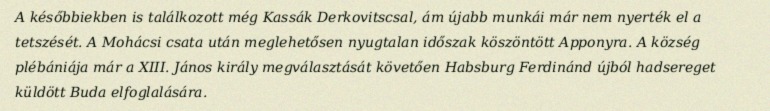
A későbbiekben is találkozott még Kassák Derkovitscsal, ám újabb munkái már nem nyerték el a tetszését. A Mohácsi csata után meglehetősen nyugtalan időszak köszöntött Apponyra. A község plébániája már a XIII. János király megválasztását követően Habsburg Ferdinánd újból hadsereget küldött Buda elfoglalására.